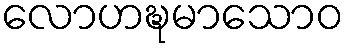
လောဟဍ္ဎမာသောဝ